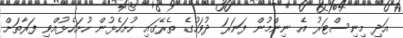
އަދި މިނިސްޓަރު އެ ނިންމުން ފަނަރަ ދުވަހުގެ ތެރޭގައި ހުށަހެޅުން ހުށަހެޅުއްވި ފަރާތަށް